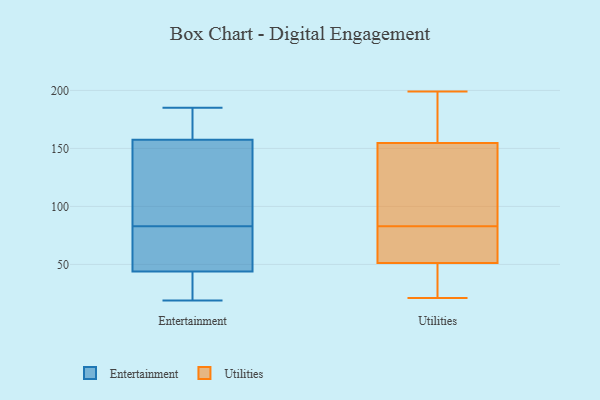
{"axis": {"x": "LTV (USD)", "y": "Value"}, "legend": ["Entertainment", "Utilities"], "data": [{"x": "", "y": 83, "type": "Entertainment"}, {"x": "", "y": 185, "type": "Entertainment"}, {"x": "", "y": 84, "type": "Entertainment"}, {"x": "", "y": 172, "type": "Entertainment"}, {"x": "", "y": 180, "type": "Entertainment"}, {"x": "", "y": 53, "type": "Entertainment"}, {"x": "", "y": 41, "type": "Entertainment"}, {"x": "", "y": 39, "type": "Entertainment"}, {"x": "", "y": 19, "type": "Entertainment"}, {"x": "", "y": 59, "type": "Entertainment"}, {"x": "", "y": 60, "type": "Entertainment"}, {"x": "", "y": 26, "type": "Entertainment"}, {"x": "", "y": 108, "type": "Entertainment"}, {"x": "", "y": 174, "type": "Entertainment"}, {"x": "", "y": 114, "type": "Entertainment"}, {"x": "", "y": 130, "type": "Utilities"}, {"x": "", "y": 107, "type": "Utilities"}, {"x": "", "y": 199, "type": "Utilities"}, {"x": "", "y": 52, "type": "Utilities"}, {"x": "", "y": 83, "type": "Utilities"}, {"x": "", "y": 48, "type": "Utilities"}, {"x": "", "y": 178, "type": "Utilities"}, {"x": "", "y": 71, "type": "Utilities"}, {"x": "", "y": 105, "type": "Utilities"}, {"x": "", "y": 21, "type": "Utilities"}, {"x": "", "y": 51, "type": "Utilities"}, {"x": "", "y": 163, "type": "Utilities"}, {"x": "", "y": 23, "type": "Utilities"}, {"x": "", "y": 74, "type": "Utilities"}, {"x": "", "y": 173, "type": "Utilities"}]}